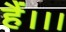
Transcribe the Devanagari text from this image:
हैं।।।